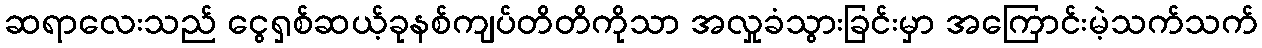
ဆရာလေးသည် ငွေရှစ်ဆယ့်ခုနစ်ကျပ်တိတိကိုသာ အလှုခံသွားခြင်းမှာ အကြောင်းမဲ့သက်သက်